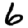
Digit: 6